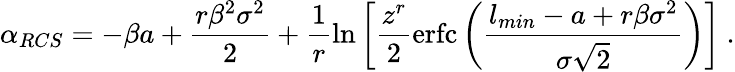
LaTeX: \alpha_{RCS}=-\beta a+\frac{r\beta^{2}\sigma^{2}}{2}+\frac{1}{r}\ln\left[\frac{z^{r}}{2}\mathrm{erfc}\left(\frac{l_{min}-a+r\beta\sigma^{2}}{\sigma\sqrt 2}\right)\right]\ .